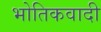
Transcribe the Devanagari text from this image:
भोतिकवादी